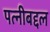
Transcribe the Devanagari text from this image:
पत्नीबद्दल